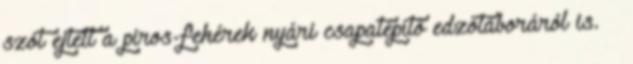
szót ejtett a piros-fehérek nyári csapatépítő edzőtáboráról is. –